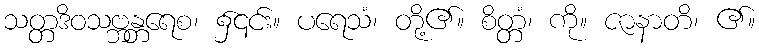
သတ္တဒိဝသဗ္ဘန္တရေစ၊ ၌၎င်း။ ပရေသံ၊ တို့၏။ စိတ္တံ၊ ကို။ ဇာနာတိ၊ ၏။